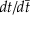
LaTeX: d t / d { \bar { t } }